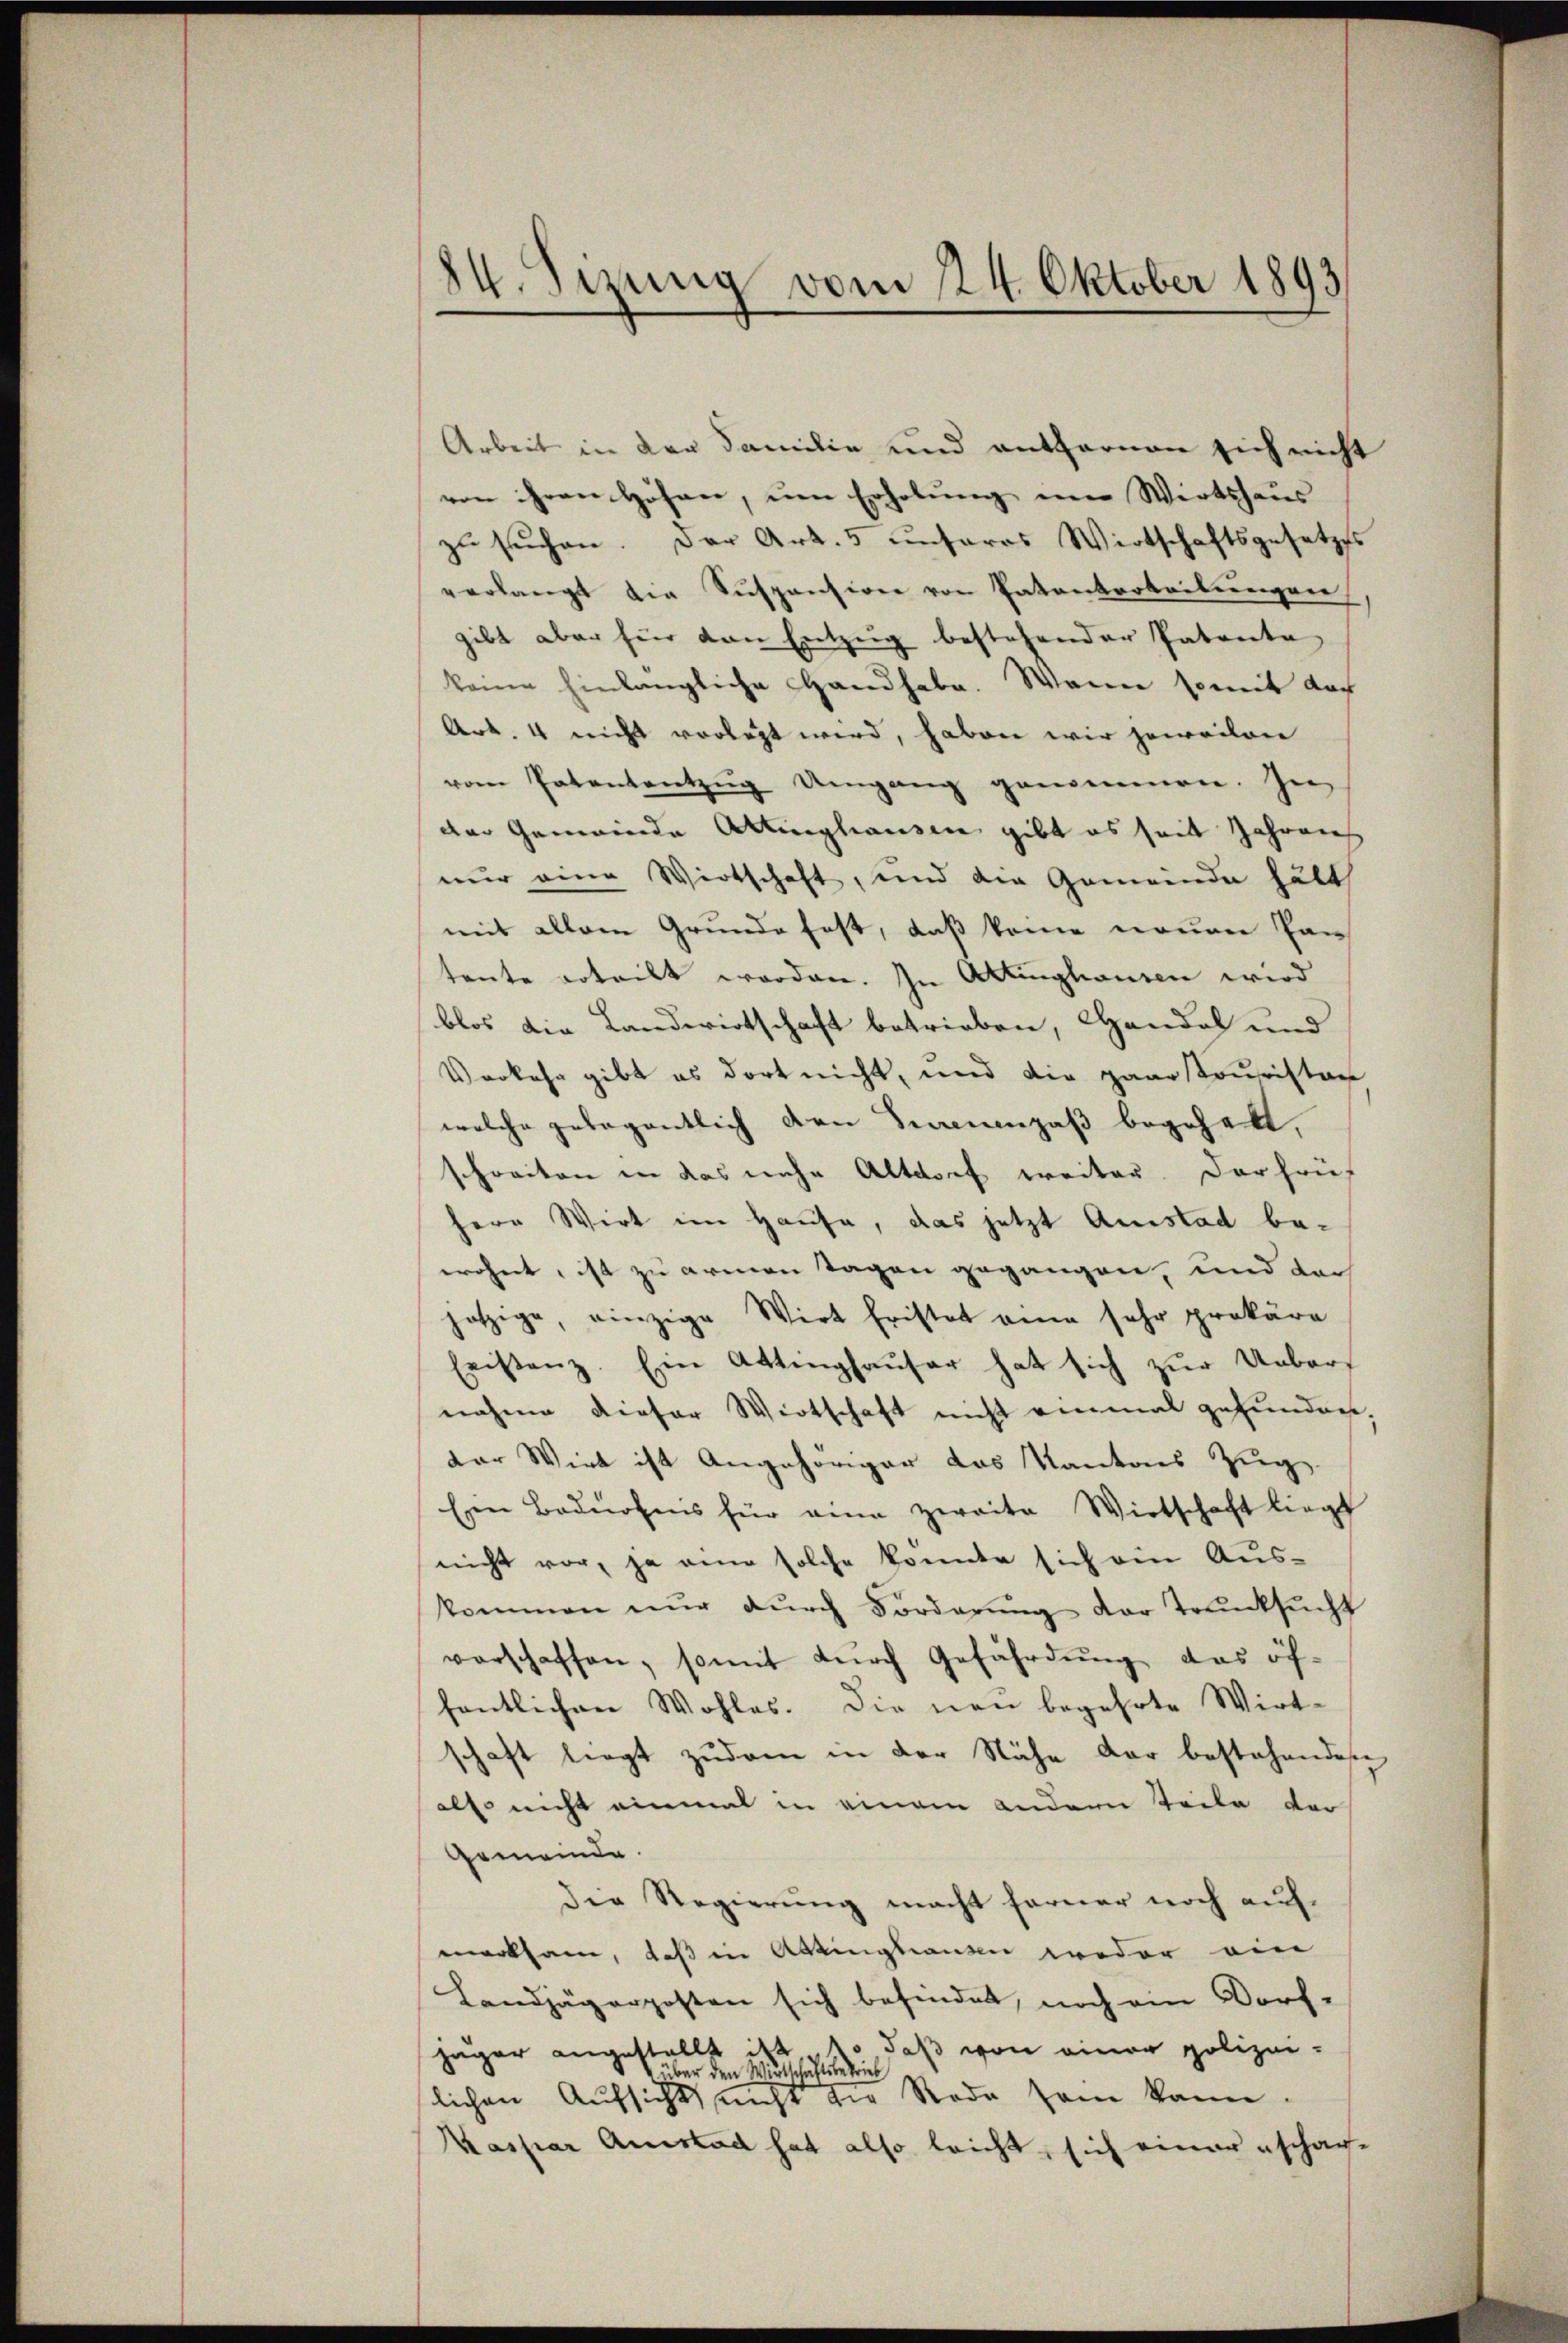
84. Sizung vom 224. Oktober 1893

Arbeit in der Familie und entfernen sich nicht
von ihren Höhen, um Erholung im Wirtshaus
zŭ sŭchen. Der Art. 5 ŭnseres Wirtschaftsgesetzes
verlangt die Suspension von Patentarbeitungen
gibt aber für den Entzug bestehender Patenta
keine hinlängliche Handhabe. Wenn somit doch
Art. 4 nicht vorlegt wird, haben wir jeweilen
vom Patententzŭg Umgang genommen. Im
der Gemeinde Attinghausen gibt es seit Jahrens
nur eine Wirtschaft, und die Gemeinde hätt
mit allem Grunde fest, daß keine neuen Pan
tente erteilt worden. In Attinghausen wird
blos die Landwirtschaft betrieben, Handel und
Vorkehr gibt es dort nicht, und die paartouristan
welche gelegentlich den Fernenpaß begehret,
schreiten in das nahe Altdorf weiter. Darhaus
herr Wirt im Hause, das jetzt Anstad bewohnt, ist zu armen Tagen gegangen, und dar
hotzige, einzige Wirt fristet eine sehr prokäre
Eristenz. Ein Attinghauser hat sich zur Uebernahme dieser Wirtschaft nicht einmal gefunden,
dor Wirt ist Angehöriger das Kantons Zug
Ein Bedürfnis für eine zweite Wirtschaft liegt
nicht vor, ja eine solche konnte sich ein Aus-
kommen nŭr dŭrch Forderŭng der Trŭnksŭcht
verschaffen, somit dŭrch Gefährdŭng das öf-
fentlichen Wohles. Die neu begehrte Wirt-
schaft liegt zudem in der Nähe der bestehendes
also nicht einmal in einem andern Teile vor
Gemeinde
die Regierung macht ferner noch auf
merksam, daß in Attinghausen weder ein
Landjägerposten sich befindet, noch ein Dorf-
jäger angestellt ist so daß von einer polizei-
über den Wirtschaftsbetrieb
lichen Aufsicht nicht die Rede sein kann.
Kaspar Anstad hat also leicht, sich einer schach-